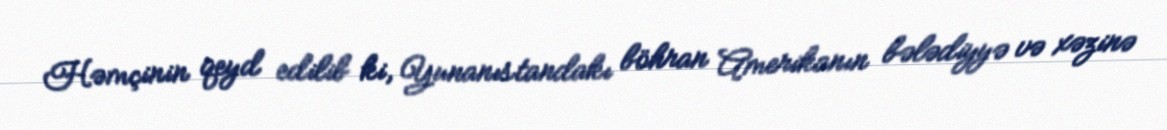
Həmçinin qeyd edilib ki, Yunanıstandakı böhran Amerikanın bələdiyyə və xəzinə